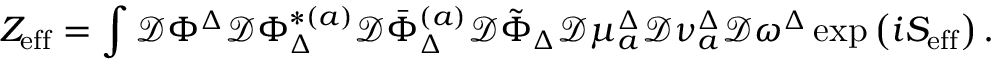
Z _ { \mathrm { e f f } } = \int \mathcal { D } \Phi ^ { \Delta } \mathcal { D } \Phi _ { \Delta } ^ { * ( a ) } \mathcal { D } \bar { \Phi } _ { \Delta } ^ { ( a ) } \mathcal { D } \tilde { \Phi } _ { \Delta } \mathcal { D } \mu _ { a } ^ { \Delta } \mathcal { D } \nu _ { a } ^ { \Delta } \mathcal { D } \omega ^ { \Delta } \exp \left( i S _ { \mathrm { e f f } } \right) .